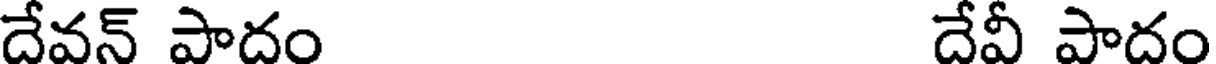
దేవన్ పాదం దేవీ పాదం